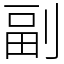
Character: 副